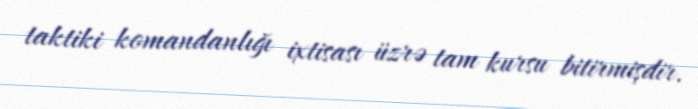
taktiki komandanlığı ixtisası üzrə tam kursu bitirmişdir.